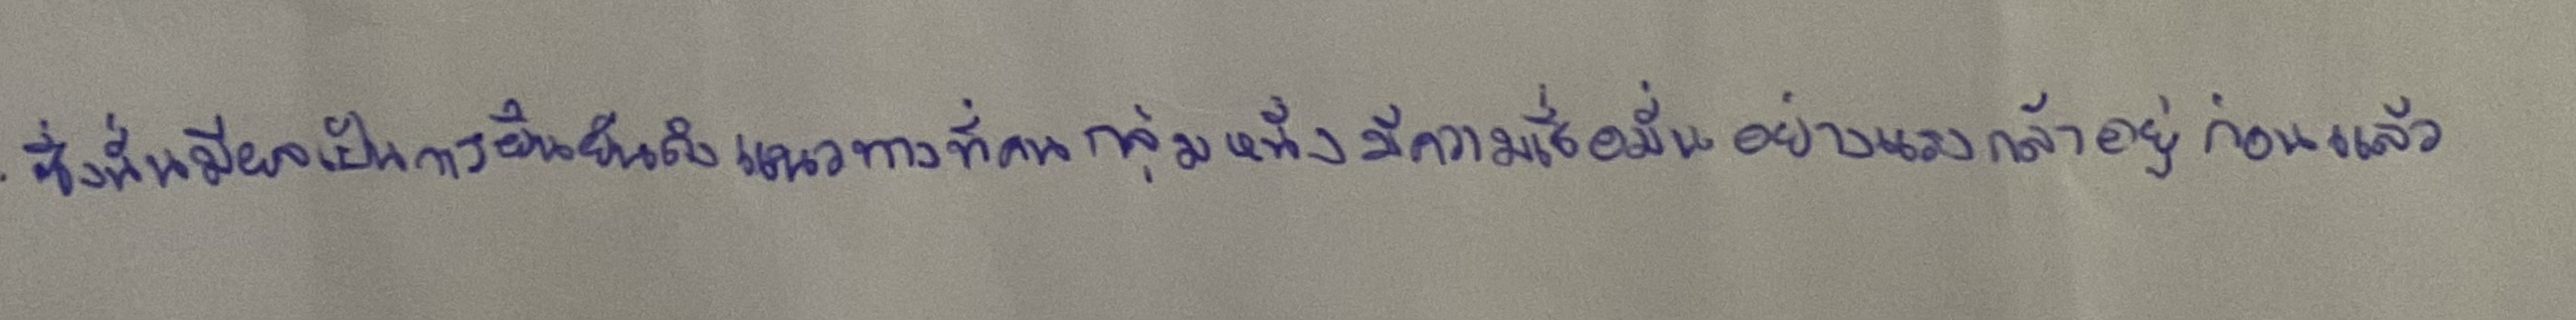
ซึ่งนั่นมีผลเป็นการยืนยันถึงแนวทางที่คนกลุ่มหนึ่งมีความเชื่อมั่นอย่างแรงกล้าอยู่ก่อนแล้ว